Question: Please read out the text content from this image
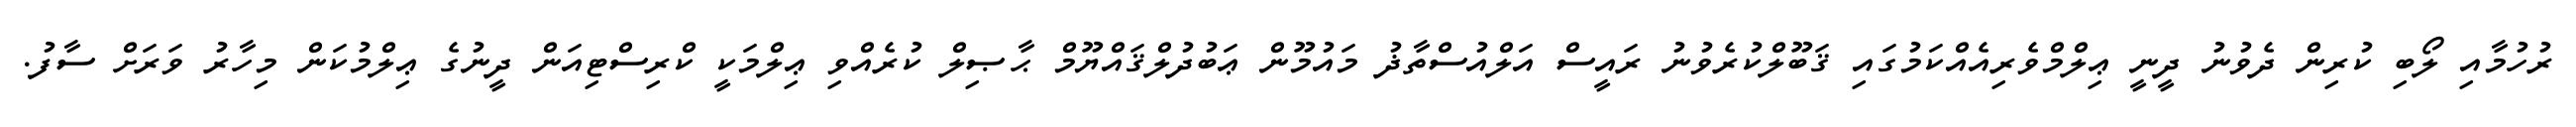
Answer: ރުހުމާއި ލޯބި ކުރިން ދެވުނު ދީނީ ޢިލްމްވެރިއެއްކަމުގައި ޤަބޫލްކުރެވުނު ރައީސް އަލްއުސްތާޛު މައުމޫން ޢަބުދުލްޤައްޔޫމް ޙާޞިލް ކުރެއްވި ޢިލްމަކީ ކްރިސްޓިއަން ދީނުގެ ޢިލްމުކަން މިހާރު ވަރަށް ސާފު.